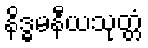
နိဒ္ဓမနီယသုတ္တံ